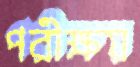
পরীক্ষয়